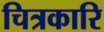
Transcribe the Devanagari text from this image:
चित्रकारि